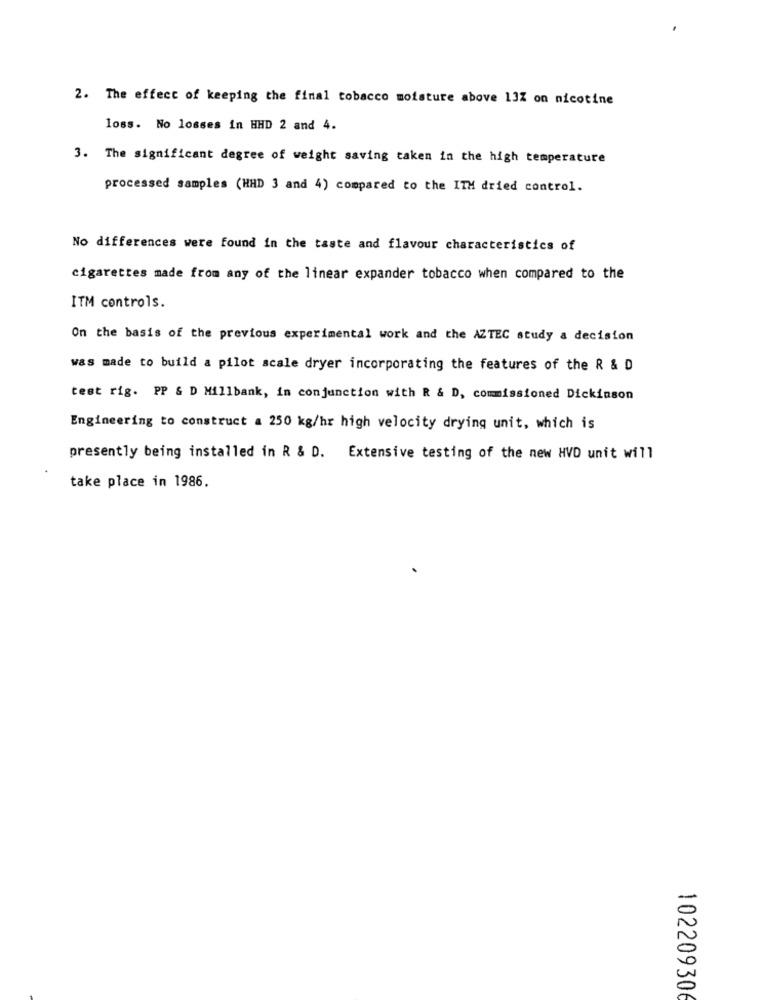
2. The effect of keeping the final tobacco moisture above 13% on nicotine
loss. No losses in HHD 2 and 4.
3. The significant degree of weight saving taken in the high temperature
processed samples (HHD 3 and 4) compared to the ITH dried control.
No differences were found in the taste and flavour characteristics of
cigarettes made from any of the linear expander tobacco when compared to the
ITM controls.
On the basis of the previous experimental work and the AZTEC study a decision
was made to build a pilot scale dryer incorporating the features of the R & D
test rig. PP & D Millbank, in conjunction with R & D, commissioned Dickinson
Engineering to construct a 250 kg/hr high velocity drying unit, which is
presently being installed in R & D. Extensive testing of the new HVD unit will
take place in 1986.
102209306